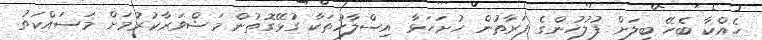
ހެއްކާ ބެހޭ ބިލަށް ފުލުހުންގެ ފަރާތުން ހުށަހަޅާ އިސްލާހުތަކާ ގުޅޭގޮތުން މަޝްވަރާކުރުމަށް މަސައްކަތު